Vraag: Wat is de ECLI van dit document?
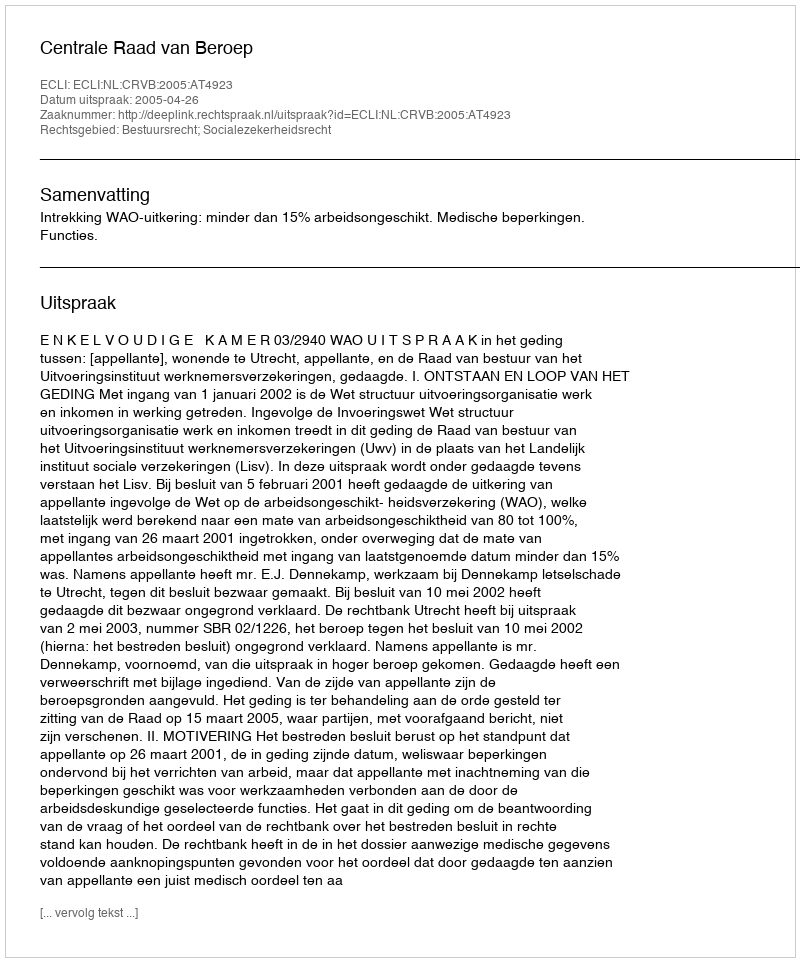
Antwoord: ECLI:NL:CRVB:2005:AT4923